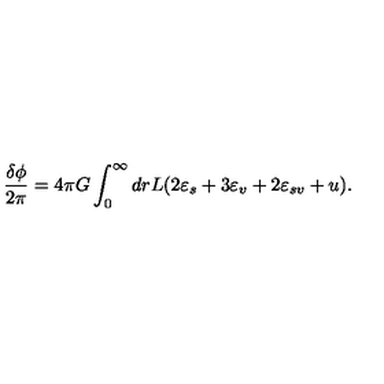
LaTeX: \frac { \delta \phi } { 2 \pi } = 4 \pi G \int _ { 0 } ^ { \infty } d r L ( 2 \varepsilon _ { s } + 3 \varepsilon _ { v } + 2 \varepsilon _ { s v } + u ) .